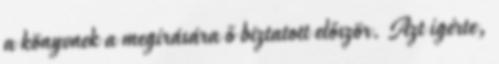
a könyvnek a megírására ő biztatott először. Azt ígérte,